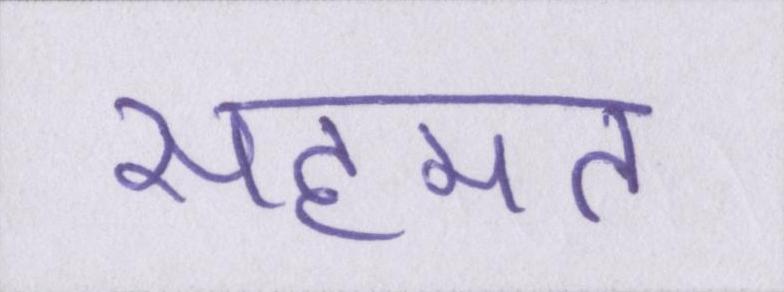
सहमत